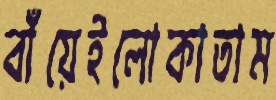
বাঁয়েইলোকাতাম